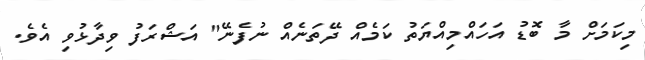
މިކަމަށް މާ ބޮޑު އަހައްމިއްޔަތު ކަމެއް ދޭތަނެއް ނުފެނޭ" އަޝްރަފު ވިދާޅުވި އެވެ.